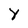
Character: Y